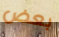
بعض